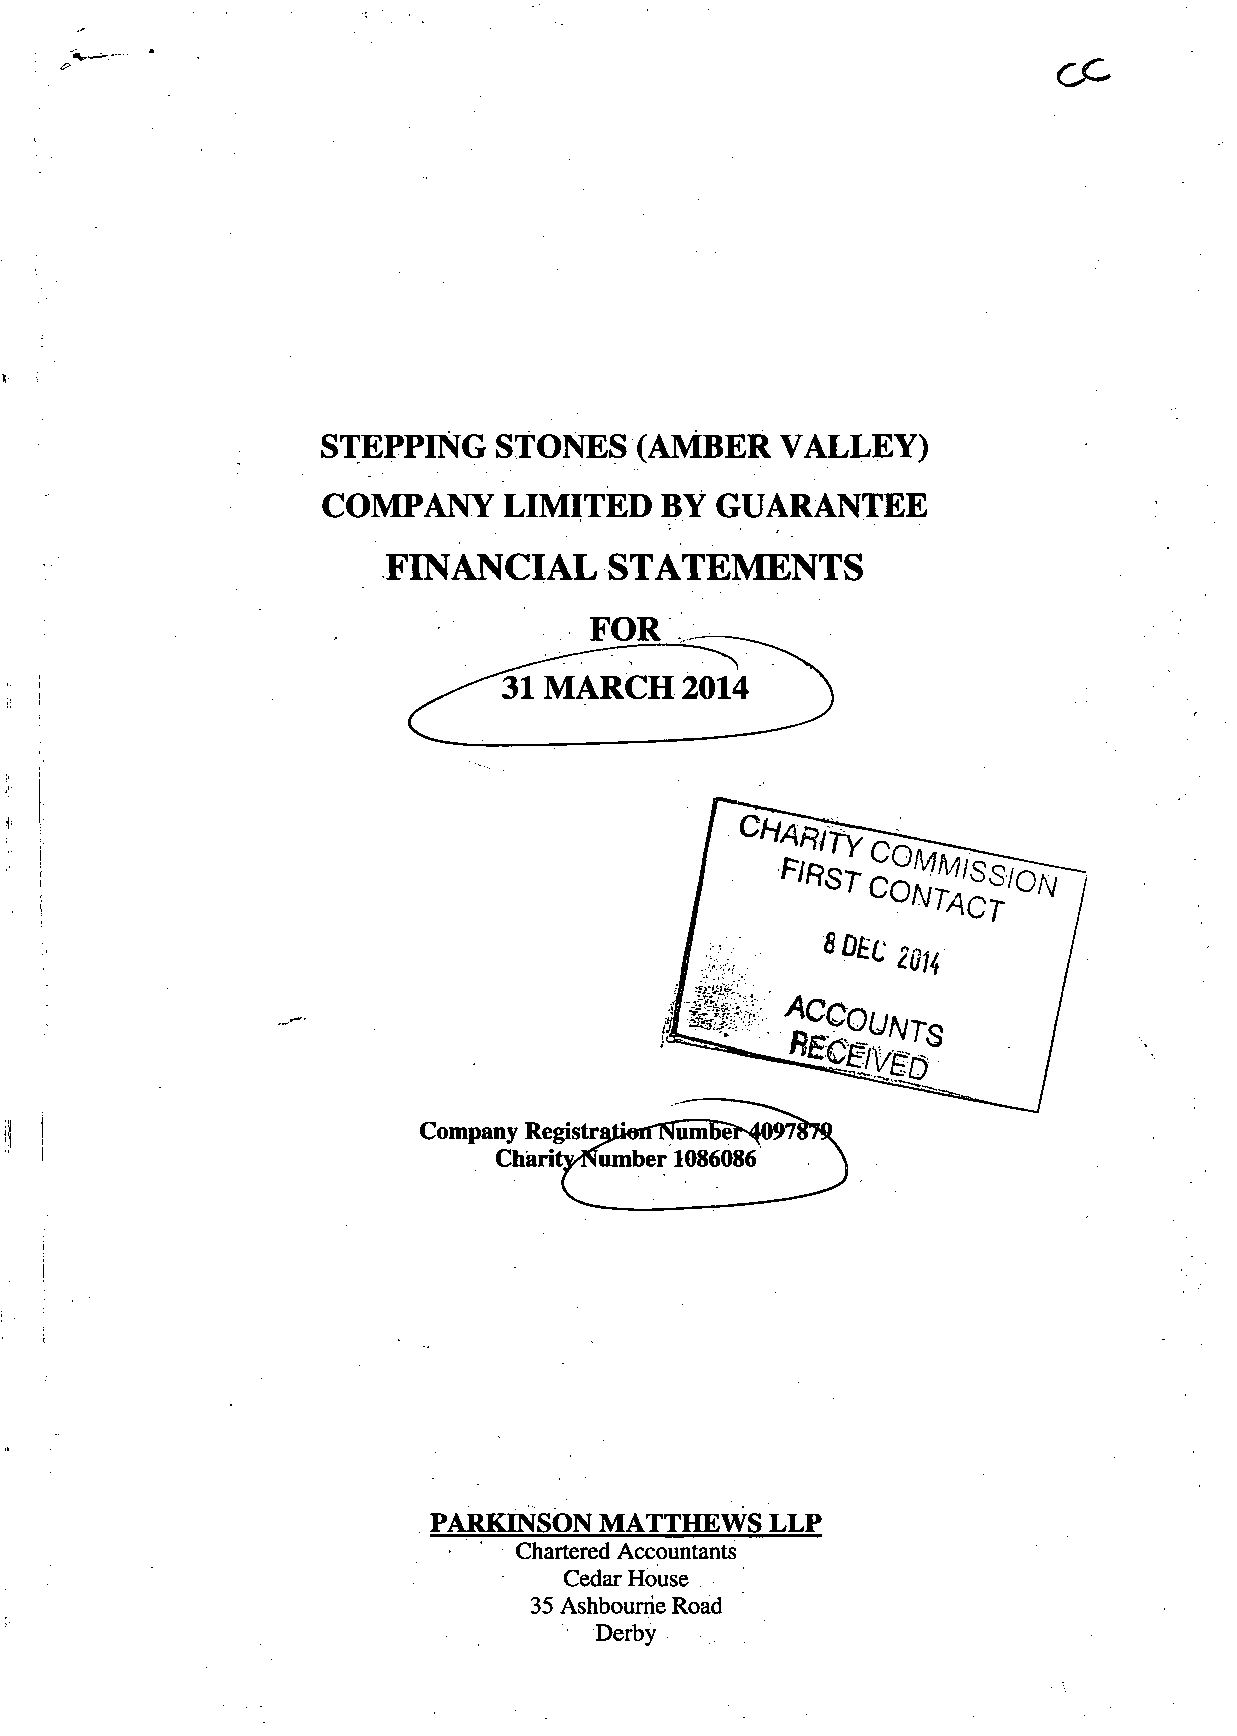
STEPPING    STONES   (AMBER    VALLEY)
 COMPANY     LIMITED    BY GUARANTEE
 FINANCIAL     STATEMENTS
 PARKINSON   MATTHEWS   LLP
 Chartered Accountants
 Cedar House
 35 Ashbourne Road
 Derby